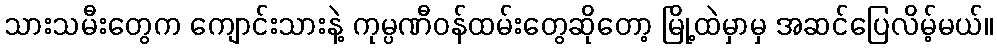
သားသမီးတွေက ကျောင်းသားနဲ့ ကုမ္ပဏီဝန်ထမ်းတွေဆိုတော့ မြို့ထဲမှာမှ အဆင်ပြေလိမ့်မယ်။